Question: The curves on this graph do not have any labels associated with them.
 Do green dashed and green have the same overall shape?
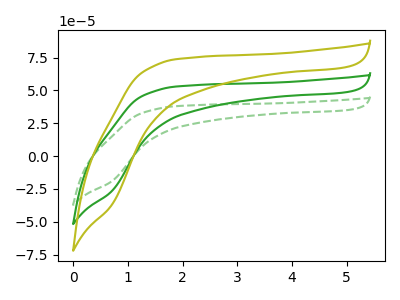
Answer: <think>The green dashed curve "green dashed" has no peaks. The green curve "green" has no peaks. The olive curve "olive" has no peaks.
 Neither "green dashed" or "green" have any peaks.</think>
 <answer>"green dashed" and "green" are similar in shape.</answer>
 <eval>same_shape</eval>